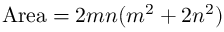
{ \mathrm { A r e a } } = 2 m n ( m ^ { 2 } + 2 n ^ { 2 } )